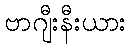
ဗာဂျီးနီးယား